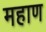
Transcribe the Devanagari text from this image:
महाण